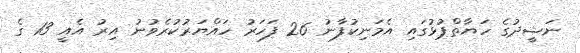
ނަޝީދުގެ ހަޔާތްޕުޅުގައި އެމަނިކުފާނު 26 ފަހަރު ހައްޔަރުކުރެވުނު އިރު އެއީ 13 ގެ